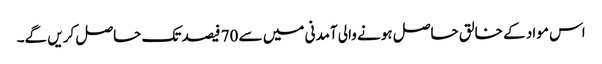
اس مواد کے خالق حاصل ہونے والی آمدنی میں سے 70 فیصد تک حاصل کریں گے۔